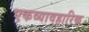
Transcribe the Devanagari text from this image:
एकव्यावहारिक